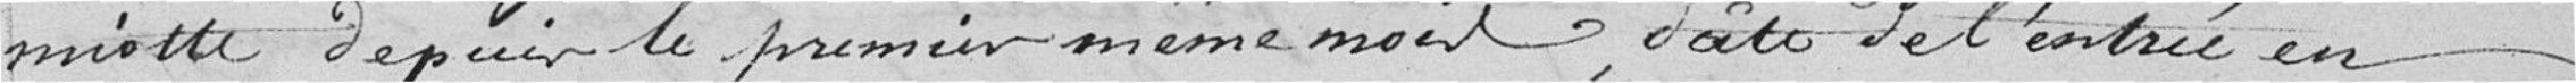
Miotte depuis le premier même mois, date de l'entrée en